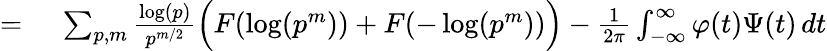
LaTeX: \begin{array}{rl}{={}}&{{}\sum_{p,m}{\frac{\log(p)}{p^{m/2}}}{\Big(}F(\log(p^{m}))+F(-\log(p^{m})){\Big)}-{\frac{1}{2\pi}}\int_{-\infty}^{\infty}\varphi(t)\Psi(t)\, dt}\end{array}